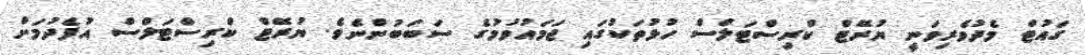
ގައުޓް މެދުވެރިވަނީ ޔުރޭޓް ކްރިސްޓަލްސް ހުޅުތަކުގައި ޖަމައުވުމުގެ ސަަބަބުންނެވެ. ޔުރޭޓް ކްރިސްޓަލްސް އުފެދުމަށް